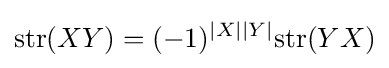
\mathrm {str} (XY)=(-1)^{|X||Y|}\mathrm {str} (YX)